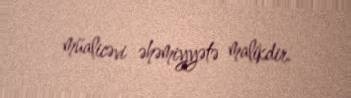
müalicəvi əhəmiyyətə malikdir.